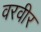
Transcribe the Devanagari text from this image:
वरवीर